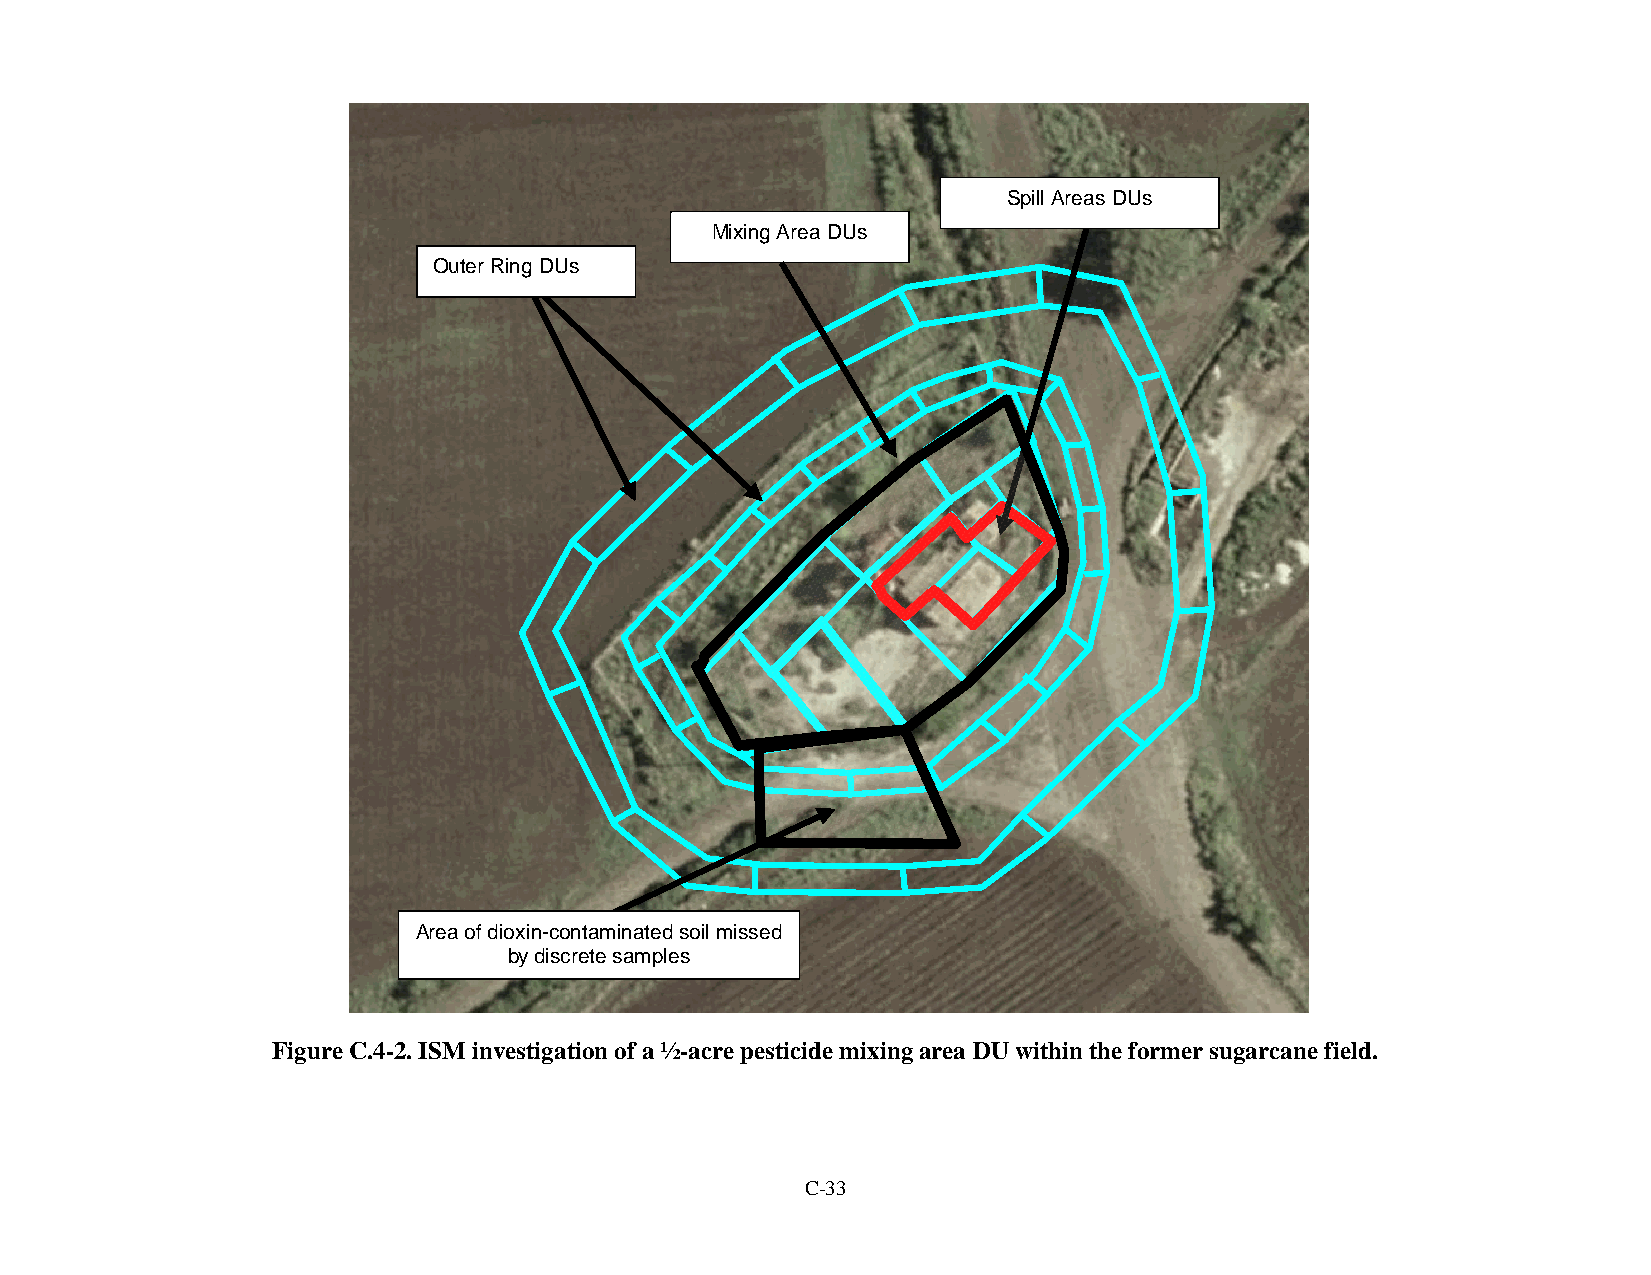
Spill Areas DUs
 Mixing Area DUs
 Outer Ring DUs
 Area of dioxin-contaminated soil missed
 by discrete samples
 Figure C.4-2. ISM investigation of a ½-acre pesticide mixing area DU within the former sugarcane field.
 C-33